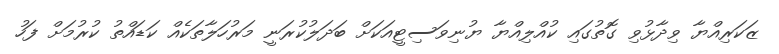
ޒަކަރިއްޔާ ވިދާޅުވި ގޮތުގައި ކުއްލިއްޔާ ޔުނިވަސިޓީއަކަށް ބަދަލުކުރަނީ މަރުހަލާތަކެއް ކަޑައްތު ކުރުމަށް ފަހު